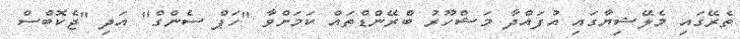
ތެރޭގައި މެލޭޝިޔާގައި އުފައްދާ މަޝްހޫރު ބްރޭންޑްތައް ކަމަށްވާ "ހަޕް ސެންގް" އަދި "ޖެކޮބްސް